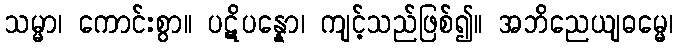
သမ္မာ၊ ကောင်းစွာ။ ပဋိပန္နော၊ ကျင့်သည်ဖြစ်၍။ အဘိညေယျဓမ္မေ၊